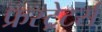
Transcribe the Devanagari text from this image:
फ्रस्ट्रेटर्स